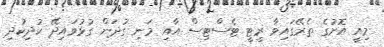
މިއީ އޮށުގެ ތެރޭގައިވާ ރީޓީ ޓެސްޓިސް އާއި މަނި ގުދަން ގުޅުވައިދޭ ކުދިކުދި